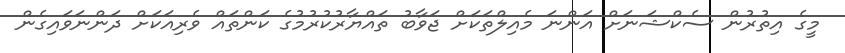
މީގެ އިތުރުން ސެކްޝަނަށް އަންނަ މެއިލްތަކަށް ޖަވާބު ތައްޔާރުކުރުމުގެ ކަންތައް ވެރިއަކަށް ދަންނަވައިގެން